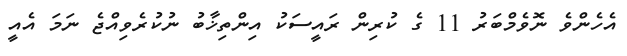
އެހެންވެ ނޮވެމްބަރު 11 ގެ ކުރިން ރައީސަކު އިންތިޚާބު ނުކުރެވިއްޖެ ނަމަ އެއީ